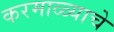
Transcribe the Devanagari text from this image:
करमाळ्याचे